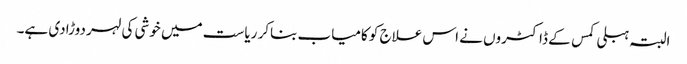
البتہ ہبلی کمس کے ڈاکٹروں نے اس علاج کو کامیاب بناکر ریاست میں خوشی کی لہر دوڑادی ہے۔